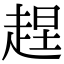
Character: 𧻼